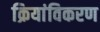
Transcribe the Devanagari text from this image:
क्रियांविकरण